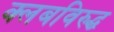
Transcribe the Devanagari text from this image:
क्लबविरुद्ध